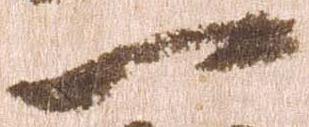
一